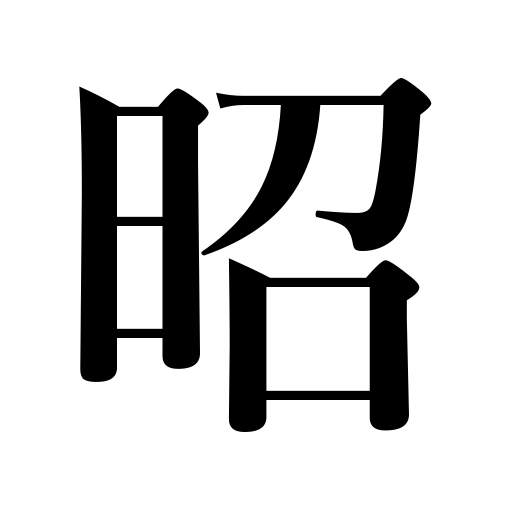
Meanings: clear,bright